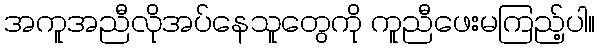
အကူအညီလိုအပ်နေသူတွေကို ကူညီဖေးမကြည့်ပါ။